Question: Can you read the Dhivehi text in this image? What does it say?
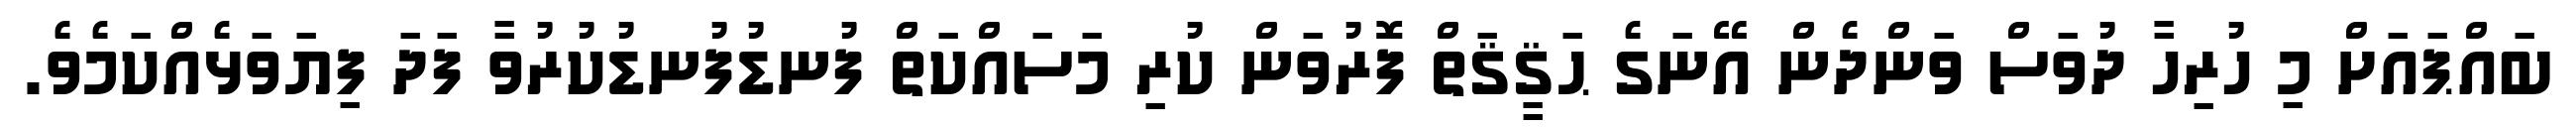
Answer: ބައްޕައަށް މި ހުރިހާ ދުވަސް ވަންދެން އޭނަގެ ޙަޤީޤަތް ފޮރުވަން ކުރި މަސައްކަތް ފުނޑުފުނޑުކުރުވާ ފަދަ ފިޔަވަޅެއްކަމެވެ.